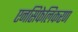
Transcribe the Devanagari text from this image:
एनसिफेलिकरण